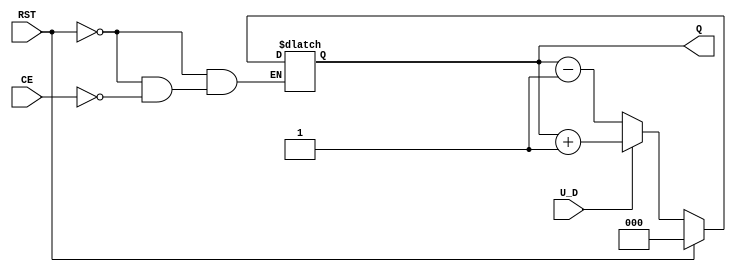
module UpDownCounter (
    input wire U_D,       // Up/Down control signal
    input wire CE,        // Count Enable
    input wire RST,       // Asynchronous Reset
    output reg [2:0] Q    // Counter output (3 bits)
);

// Asynchronous reset
always @* begin
    if (RST) begin
        Q = 3'b000; // Reset the counter to 0
    end else if (CE) begin
        if (U_D) begin
            Q = Q + 1; // Count up
        end else begin
            Q = Q - 1; // Count down
        end
    end
end

endmodule